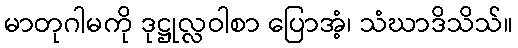
မာတုဂါမကို ဒုဋ္ဌုလ္လဝါစာ ပြောအံ့၊ သံဃာဒိသိသ်။